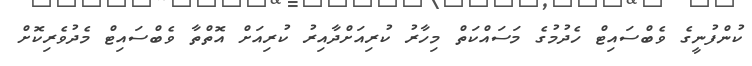
ކުންފުނީގެ ވެބްސައިޓް ހެދުމުގެ މަސައްކަތް މިހާރު ކުރިއަށްދާއިރު ކުރިއަށް އޮތްތާ ވެބްސައިޓް މެދުވެރިކޮށް